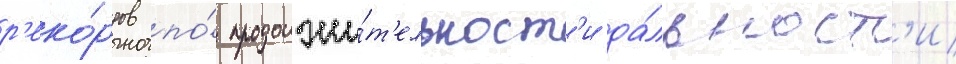
р'еко́рдов по́ продолжи́т'ельност'и да́льност'и